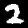
Label: 2